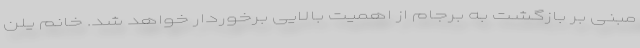
مبنی بر بازگشت به برجام از اهمیت بالایی برخوردار خواهد شد. خانم یلن